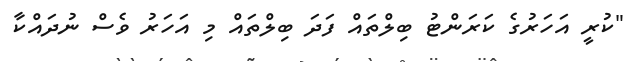
"ކުރީ އަހަރުގެ ކަރަންޓު ބިލްތައް ފަދަ ބިލްތައް މި އަހަރު ވެސް ނުދައްކާ